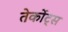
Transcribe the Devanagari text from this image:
तेर्कोट्स